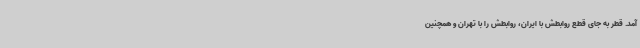
آمد. قطر به جای قطع روابطش با ایران، روابطش را با تهران و همچنین